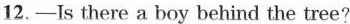
12.——Is there a boy behind the tree?